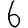
Digit: 6